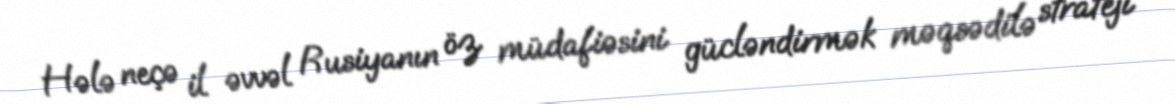
Hələ neçə il əvvəl Rusiyanın öz müdafiəsini gücləndirmək məqsədilə strateji